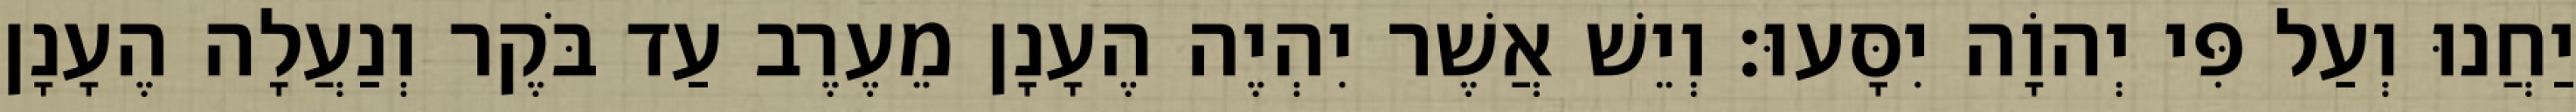
יַחֲנוּ וְעַל פִּי יְהוָֹה יִסָּעוּ׃ וְיֵשׁ אֲשֶׁר יִהְיֶה הֶעָנָן מֵעֶרֶב עַד בֹּקֶר וְנַעֲלָה הֶעָנָן